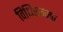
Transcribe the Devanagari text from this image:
विधिसम्‍मत